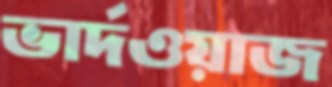
ভার্দওয়াজ